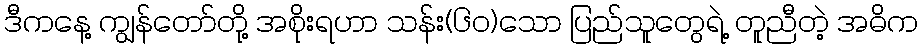
ဒီကနေ့ ကျွန်တော်တို့ အစိုးရဟာ သန်း(၆၀)သော ပြည်သူတွေရဲ့ တူညီတဲ့ အဓိက